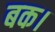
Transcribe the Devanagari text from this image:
बक।